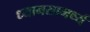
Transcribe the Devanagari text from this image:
ध्यानसामर्थ्य